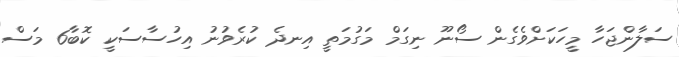
ސަލާންޖަހާ މީހަކަށްވެގެން ސޯނޫ ނިގަމް މަގުމަތީ އިނދެ ކުރެވުނު އިހުސާސަކީ ކޮބާ6 މަސް